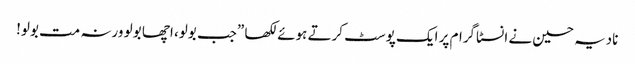
نادیہ حسین نے انسٹاگرام پر ایک پوسٹ کرتے ہوئے لکھا ”جب بولو، اچھا بولو ورنہ مت بولو!